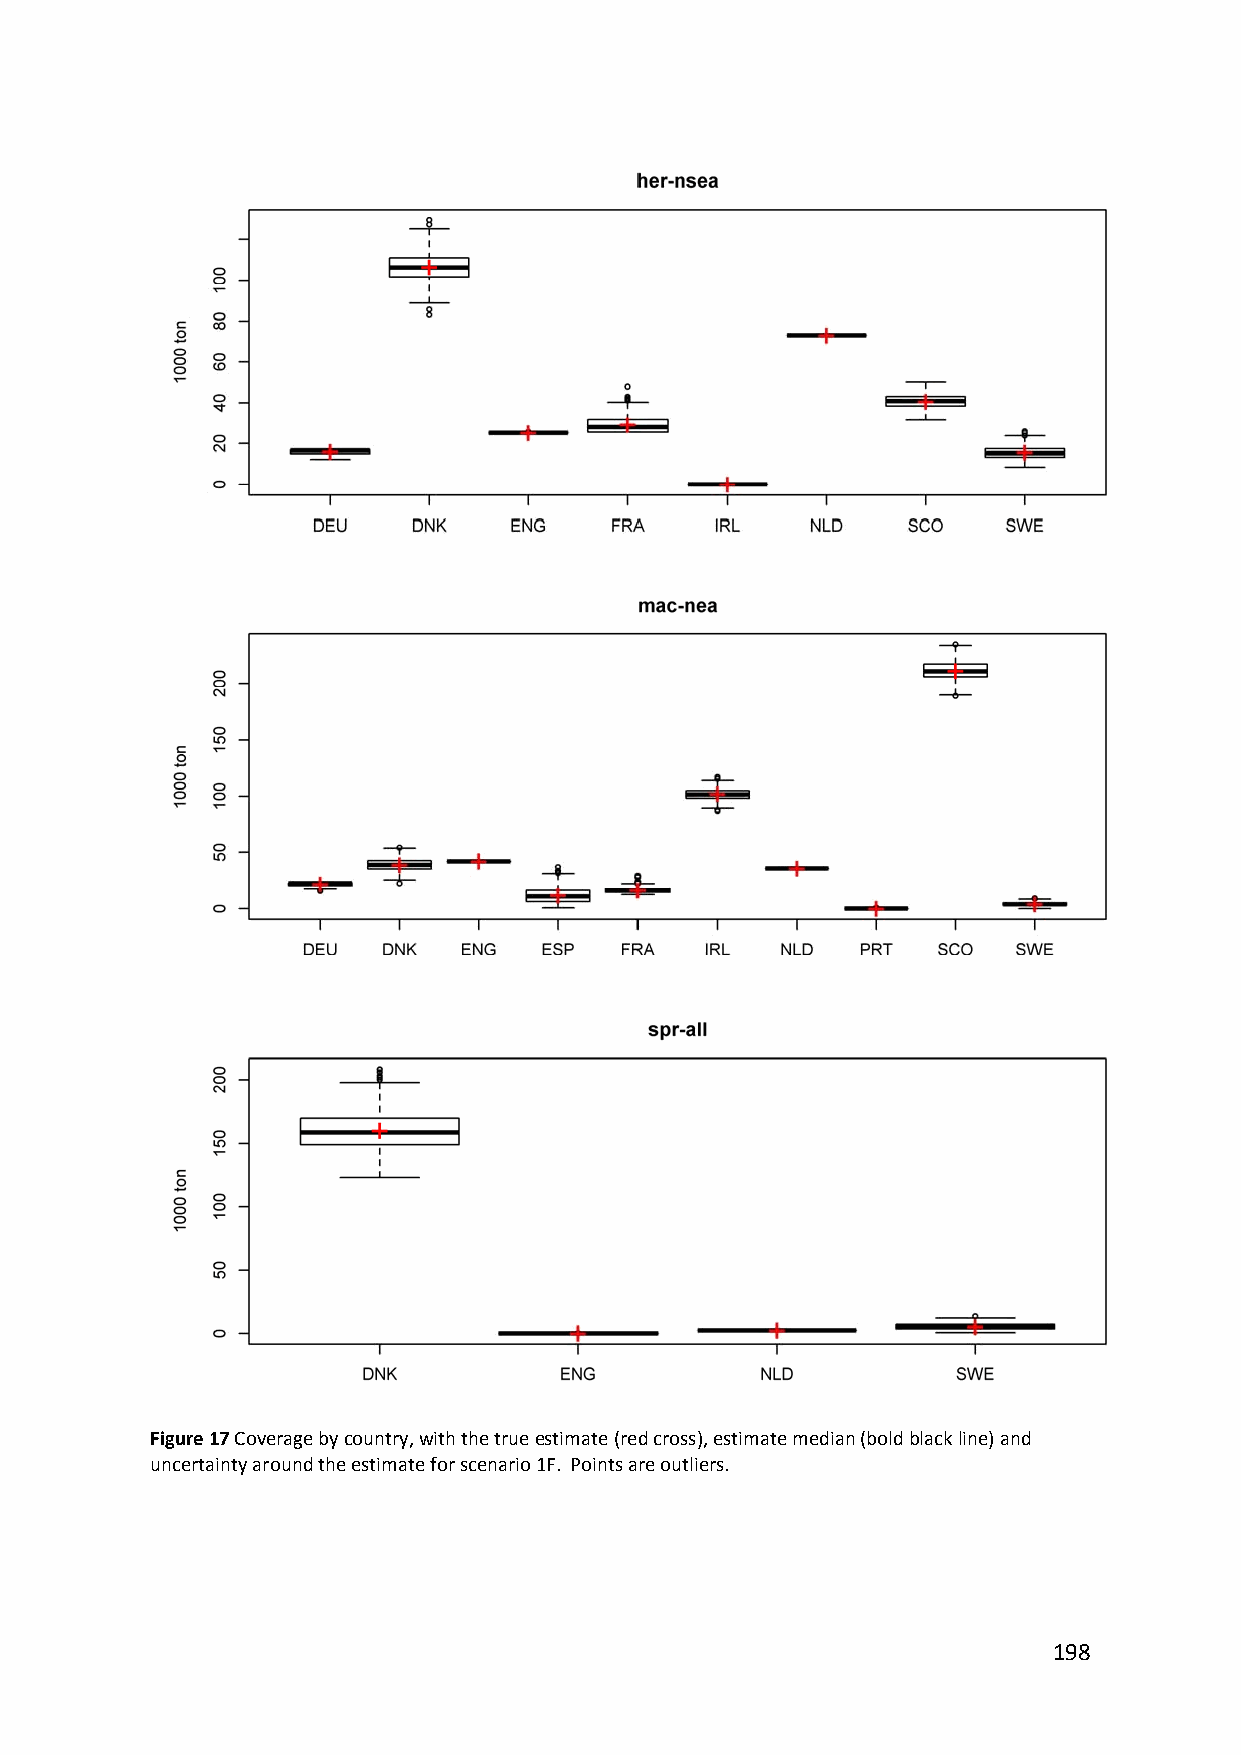
Figure 17 Coverage by country, with the true estimate (red cross), estimate median (bold black line) and
 uncertainty around the estimate for scenario 1F. Points are outliers.
 198